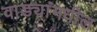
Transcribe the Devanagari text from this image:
वाड्यांमधील